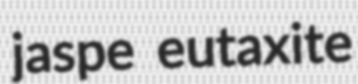
jaspe eutaxite